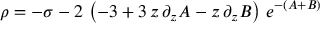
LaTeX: \rho = - \sigma - 2 \, \left( - 3 + 3 \, z \, \partial _ { z } A - z \, \partial _ { z } B \right) \, e ^ { - ( A + B ) }